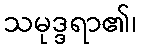
သမုဒ္ဒရာ၏၊